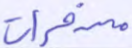
مسخرات